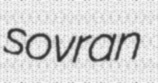
sovran